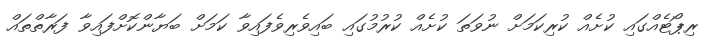
ރިޕޯޓެއްގައި ކުށެއް ކުރިކަމަށް ނުވަތަ ކުށެއް ކުރުމުގައި ބައިވެރިވެފައިވާ ކަމަށް ބަޔާންކޮށްފައިވާ ފަރާތްތައް